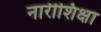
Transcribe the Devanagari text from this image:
नारीशिक्षा